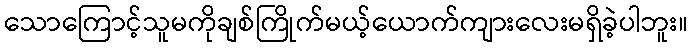
သောကြောင့်သူမကိုချစ်ကြိုက်မယ့်ယောက်ကျားလေးမရှိခဲ့ပါဘူး။